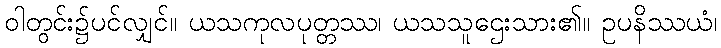
ဝါတွင်း၌ပင်လျှင်။ ယသကုလပုတ္တဿ၊ ယသသူဌေးသား၏။ ဥပနိဿယံ၊